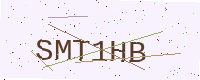
Text: SMT1HB